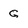
Character: g